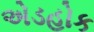
એડહોક